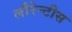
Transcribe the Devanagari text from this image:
लौरेन्टीस